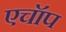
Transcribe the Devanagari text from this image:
एचॉप